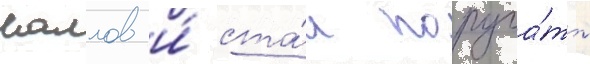
маллов и́ ста́л поруча́ть